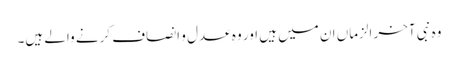
وہ نبی آخر الزماں ان میں ہیں اور وہ عدل و انصاف کرنے والے ہیں۔